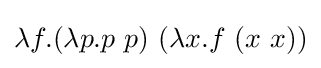
\lambda f.(\lambda p.p\ p)\ (\lambda x.f\ (x\ x))